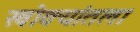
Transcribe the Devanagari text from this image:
खोक्यांतला